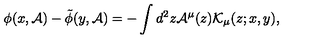
\phi ( x , { \cal A } ) - \tilde { \phi } ( y , { \cal A } ) = - \int d ^ { 2 } z { \cal A } ^ { \mu } ( z ) { \cal K } _ { \mu } ( z ; x , y ) ,